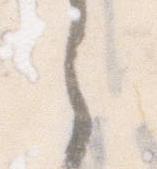
之